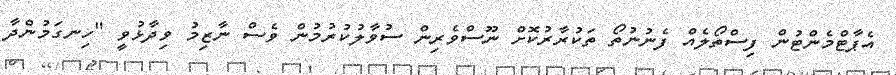
އެޕާޓްމެންޓުން ފިސްތޯލެއް ފެނުނުތޯ ތަކުރާރުކޮށް ނޫސްވެރިން ސުވާލުކުރުމުން ވެސް ނާޒިމު ވިދާޅުވީ "ހިނގަމުންދާ